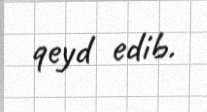
qeyd edib.